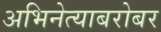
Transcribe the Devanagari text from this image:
अभिनेत्याबरोबर